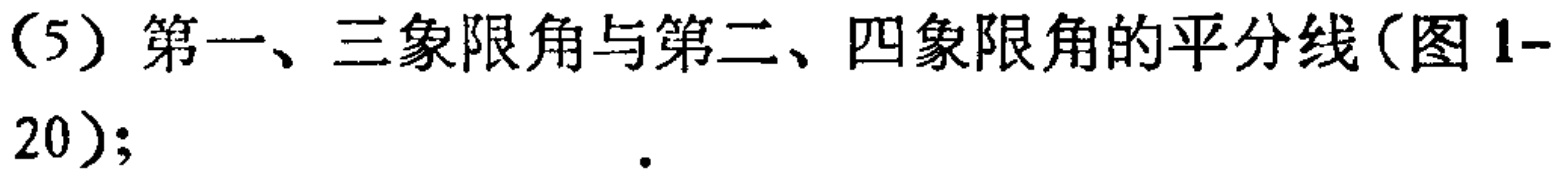
（5）第一、三象限角与第二、四象限角的平分线(图 1-20); .